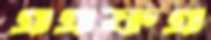
এএফএ